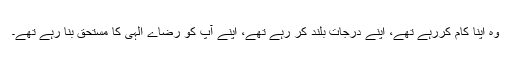
وہ اپنا کام کررہے تھے، اپنے درجات بلند کر رہے تھے، اپنے آپ کو رضاے الٰہی کا مستحق بنا رہے تھے۔